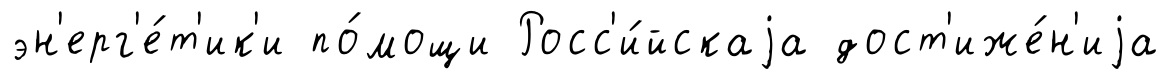
эн'ерг'е́т'ик'и по́мощи Росс'и́йскаjа дост'иже́н'иjа